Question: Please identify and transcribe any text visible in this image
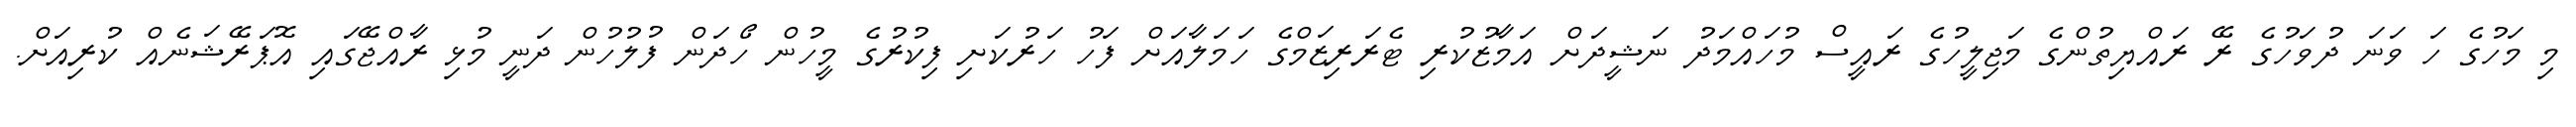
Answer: މި މަހުގެ ހަ ވަނަ ދުވަހުގެ ރޭ ރައްޔިތުންގެ މަޖިލީހުގެ ރައީސް މުހައްމަދު ނަޝީދަށް އަމާޒުކުރި ޓެރަރިޒަމްގެ ހަމަލާއަށް ފަހު ހަރުކަށި ފިކުރުގެ މީހުން ހޯދަން ފުލުހުން ދަނީ މުޅި ރާއްޖޭގައި އޮޕަރޭޝަނެއް ކުރިއަށް.